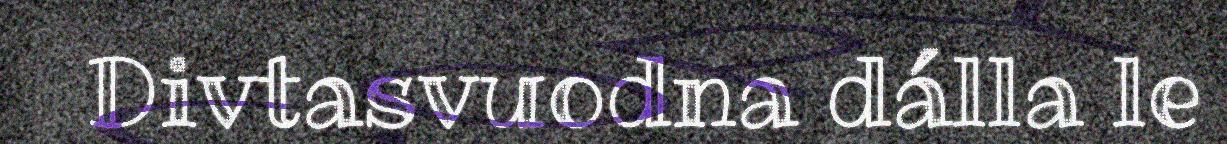
Divtasvuodna dálla le